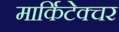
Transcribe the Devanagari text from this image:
मार्किटेक्चर